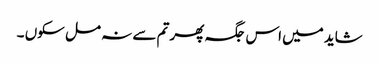
شاید میں اس جگہ پھر تم سے نہ مل سکوں ۔